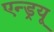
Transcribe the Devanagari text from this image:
एन्‍ड्रयू